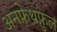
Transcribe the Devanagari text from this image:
अनफ़ेथफ़ुल